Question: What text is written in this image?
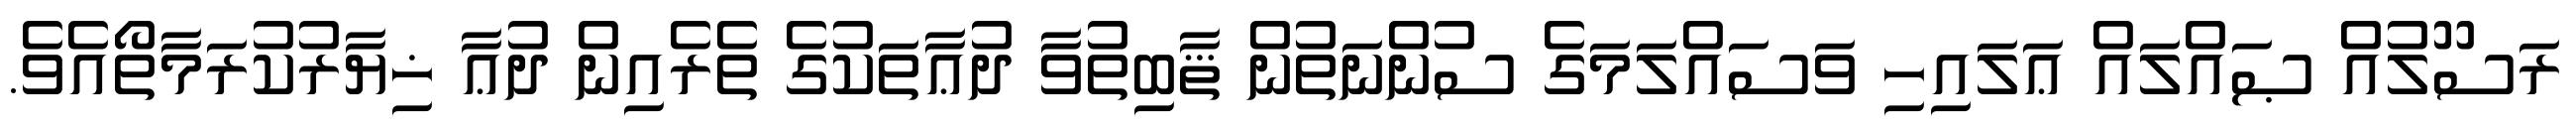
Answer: ރަސޫލުއް ޞައްލައް ޢަލައިހި ވަސައްލަމަގެ ސުންނަތުން ޘާބިތުވާ ދުޢާތަކުގެ ތެރެއިން ދުޢާ ޚިޔާރުކުރަމާތޯއެވެ.